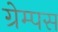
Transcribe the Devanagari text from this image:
ग्रेम्पस